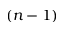
( n - 1 )